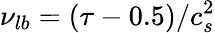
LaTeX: \nu_{lb}=(\tau-0.5)/c_{s}^{2}